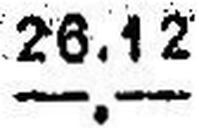
—.—